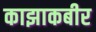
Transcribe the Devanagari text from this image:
काझाकबीर